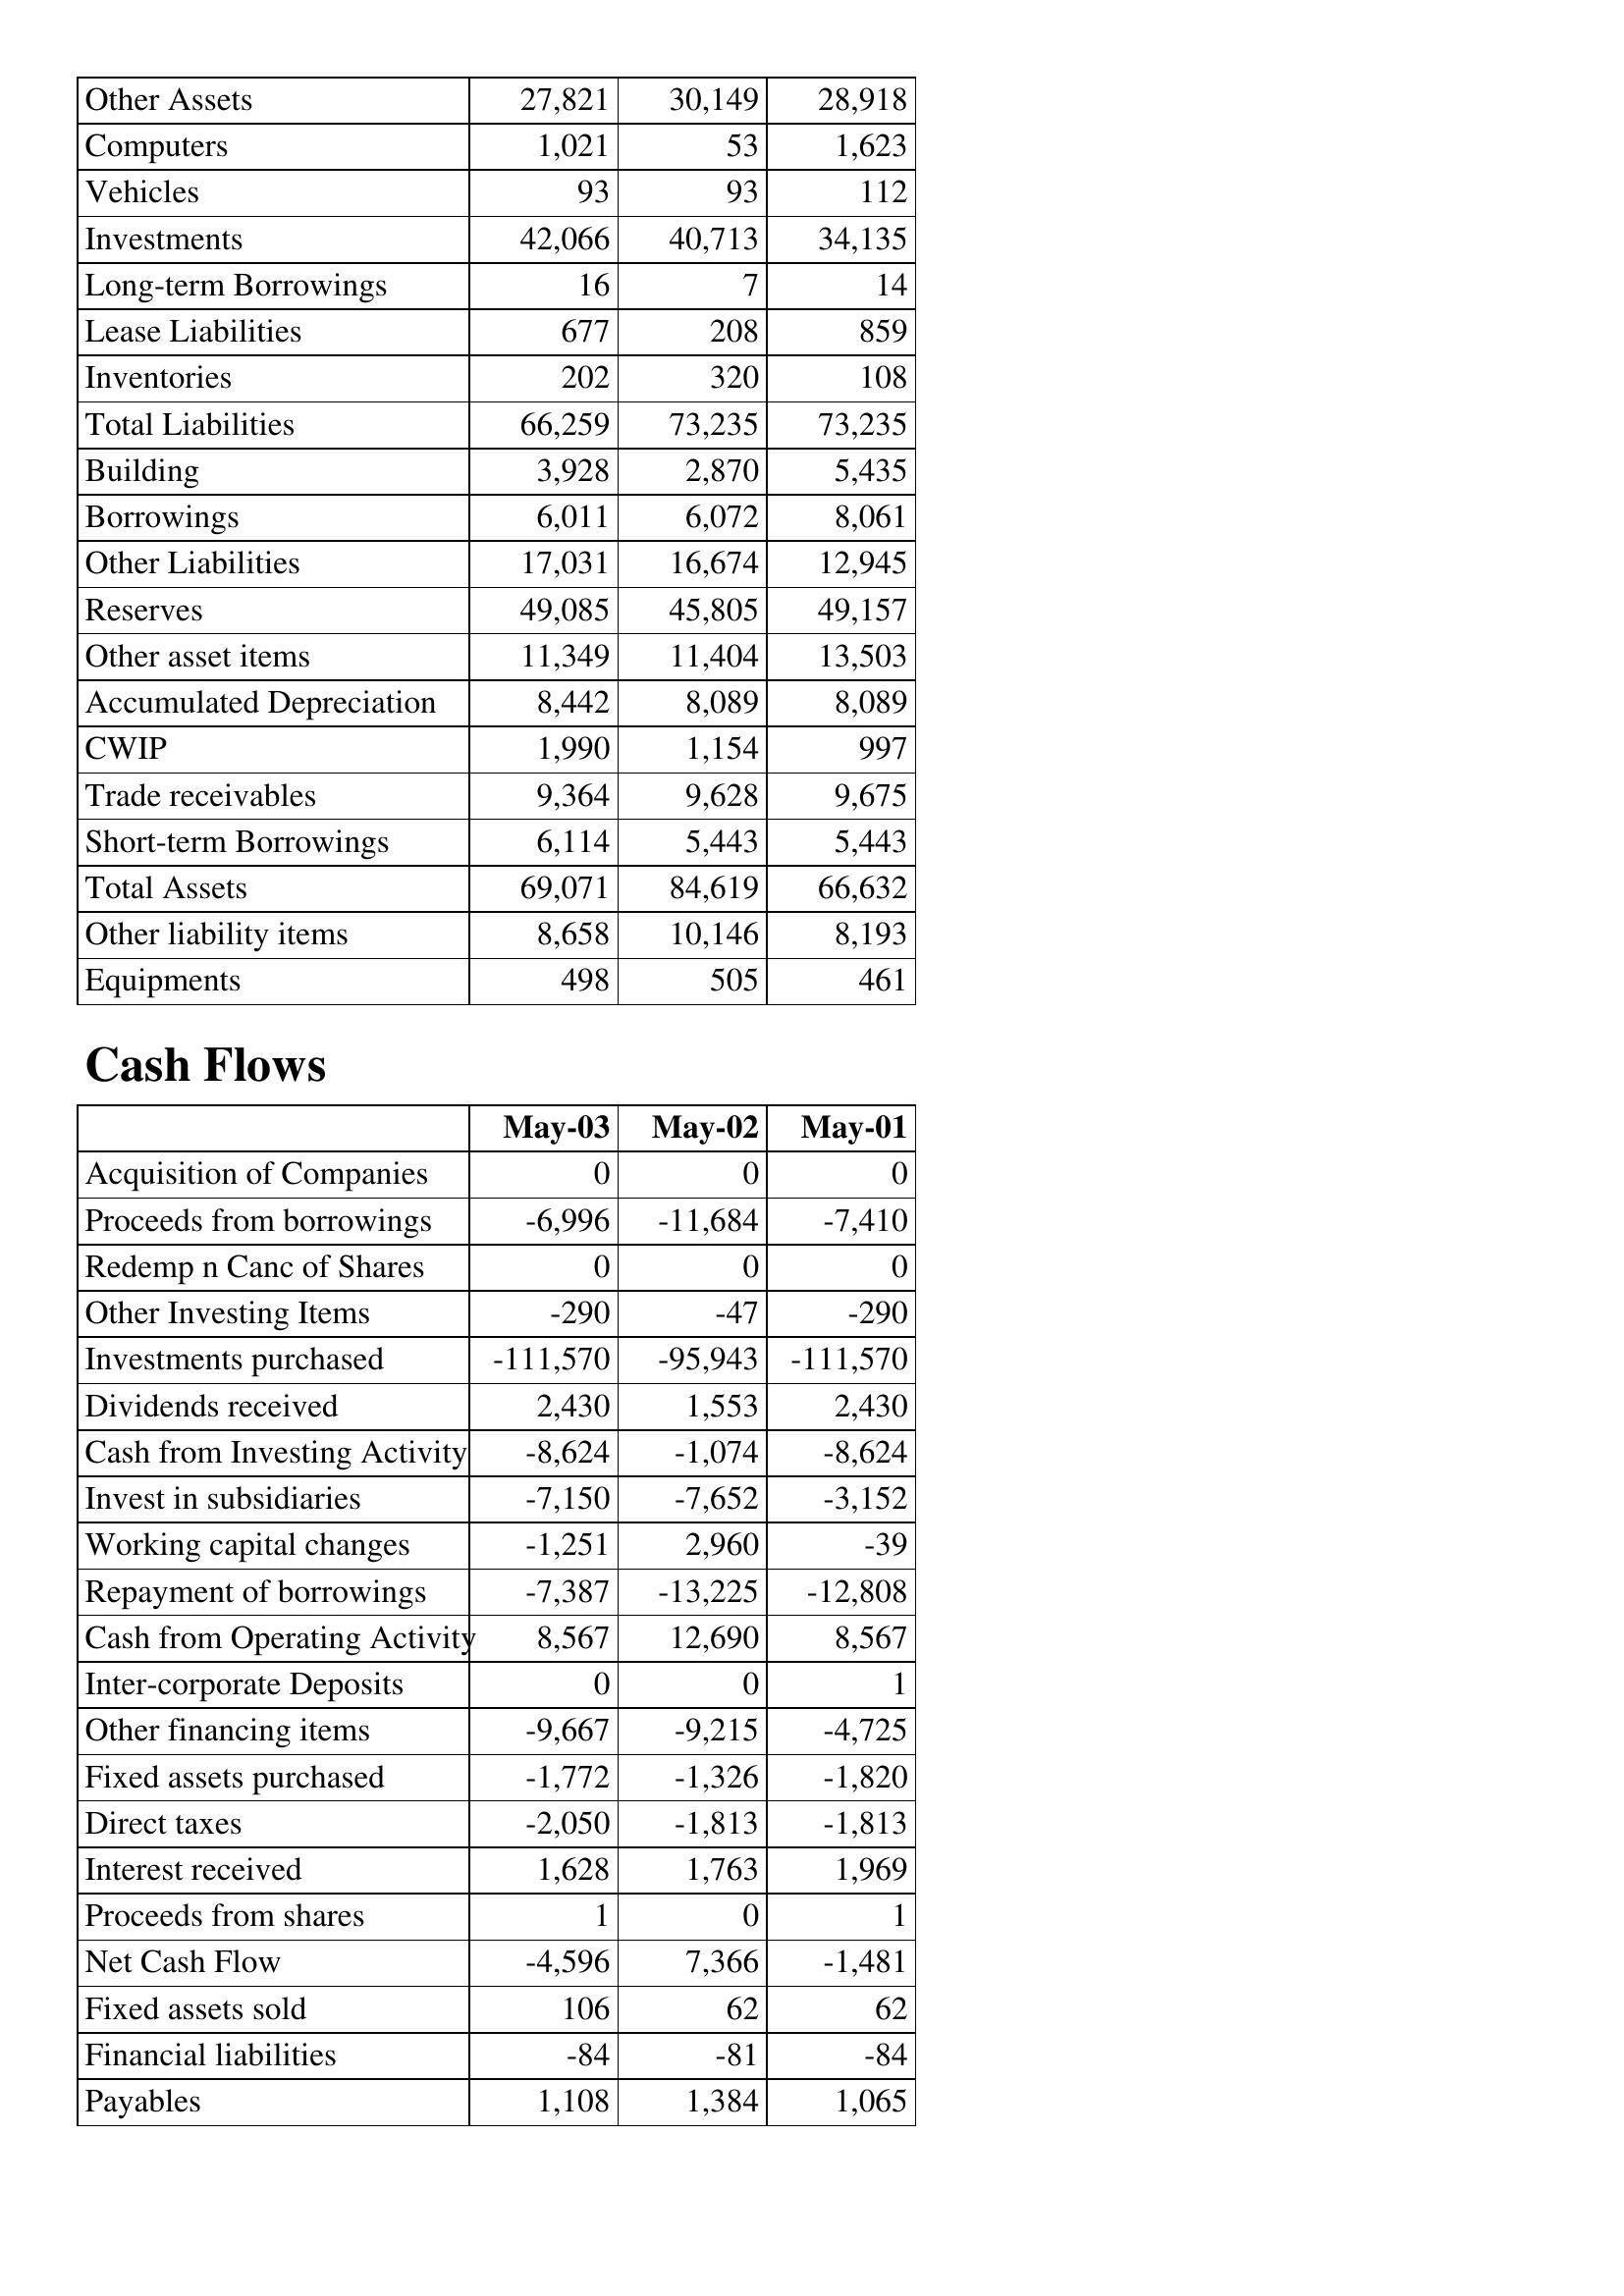
May-03: Balance Sheet: Other Assets: 27,821
Computers: 1,021
Vehicles: 93
Investments: 42,066
Long-term Borrowings: 16
Lease Liabilities: 677
Inventories: 202
Total Liabilities: 66,259
Building: 3,928
Borrowings: 6,011
Other Liabilities: 17,031
Reserves: 49,085
Other asset items: 11,349
Accumulated Depreciation: 8,442
CWIP: 1,990
Trade receivables: 9,364
Short-term Borrowings: 6,114
Total Assets: 69,071
Other liability items: 8,658
Equipments: 498
Cash Flows: Acquisition of Companies: 0
Proceeds from borrowings: -6,996
Redemp n Canc of Shares: 0
Other Investing Items: -290
Investments purchased: -111,570
Dividends received: 2,430
Cash from Investing Activity: -8,624
Invest in subsidiaries: -7,150
Working capital changes: -1,251
Repayment of borrowings: -7,387
Cash from Operating Activity: 8,567
Inter-corporate Deposits: 0
Other financing items: -9,667
Fixed assets purchased: -1,772
Direct taxes: -2,050
Interest received: 1,628
Proceeds from shares: 1
Net Cash Flow: -4,596
Fixed assets sold: 106
Financial liabilities: -84
Payables: 1,108
May-02: Balance Sheet: Other Assets: 30,149
Computers: 53
Vehicles: 93
Investments: 40,713
Long-term Borrowings: 7
Lease Liabilities: 208
Inventories: 320
Total Liabilities: 73,235
Building: 2,870
Borrowings: 6,072
Other Liabilities: 16,674
Reserves: 45,805
Other asset items: 11,404
Accumulated Depreciation: 8,089
CWIP: 1,154
Trade receivables: 9,628
Short-term Borrowings: 5,443
Total Assets: 84,619
Other liability items: 10,146
Equipments: 505
Cash Flows: Acquisition of Companies: 0
Proceeds from borrowings: -11,684
Redemp n Canc of Shares: 0
Other Investing Items: -47
Investments purchased: -95,943
Dividends received: 1,553
Cash from Investing Activity: -1,074
Invest in subsidiaries: -7,652
Working capital changes: 2,960
Repayment of borrowings: -13,225
Cash from Operating Activity: 12,690
Inter-corporate Deposits: 0
Other financing items: -9,215
Fixed assets purchased: -1,326
Direct taxes: -1,813
Interest received: 1,763
Proceeds from shares: 0
Net Cash Flow: 7,366
Fixed assets sold: 62
Financial liabilities: -81
Payables: 1,384
May-01: Balance Sheet: Other Assets: 28,918
Computers: 1,623
Vehicles: 112
Investments: 34,135
Long-term Borrowings: 14
Lease Liabilities: 859
Inventories: 108
Total Liabilities: 73,235
Building: 5,435
Borrowings: 8,061
Other Liabilities: 12,945
Reserves: 49,157
Other asset items: 13,503
Accumulated Depreciation: 8,089
CWIP: 997
Trade receivables: 9,675
Short-term Borrowings: 5,443
Total Assets: 66,632
Other liability items: 8,193
Equipments: 461
Cash Flows: Acquisition of Companies: 0
Proceeds from borrowings: -7,410
Redemp n Canc of Shares: 0
Other Investing Items: -290
Investments purchased: -111,570
Dividends received: 2,430
Cash from Investing Activity: -8,624
Invest in subsidiaries: -3,152
Working capital changes: -39
Repayment of borrowings: -12,808
Cash from Operating Activity: 8,567
Inter-corporate Deposits: 1
Other financing items: -4,725
Fixed assets purchased: -1,820
Direct taxes: -1,813
Interest received: 1,969
Proceeds from shares: 1
Net Cash Flow: -1,481
Fixed assets sold: 62
Financial liabilities: -84
Payables: 1,065